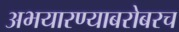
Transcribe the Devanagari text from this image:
अभयारण्याबरोबरच